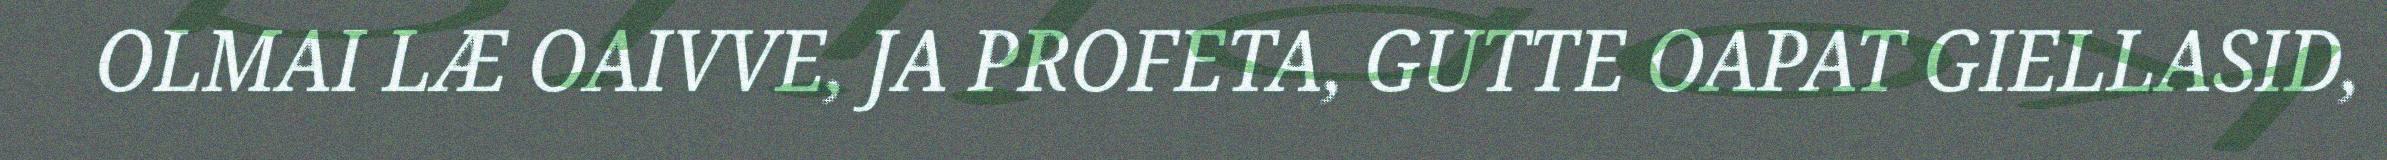
OLMAI LÆ OAIVVE, JA PROFETA, GUTTE OAPAT GIELLASID,